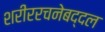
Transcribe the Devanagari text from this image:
शरीररचनेबद्दल